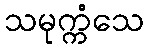
သမုက္ကံသေ